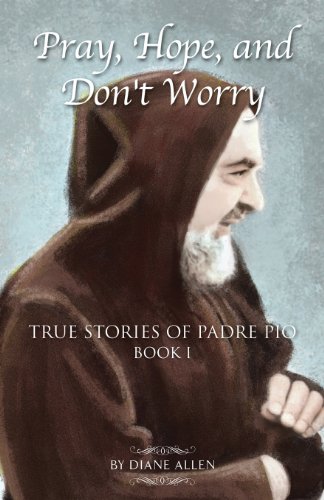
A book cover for Pray, Hope, and Don't Worry: True Stories of Padre Pio Book 1; Diane Allen; Christian Books & Bibles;